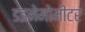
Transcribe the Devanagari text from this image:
डइनेमोमीटर